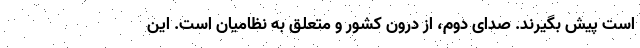
است پیش بگیرند. صدای دوم، از درون کشور و متعلق به نظامیان است. این‌